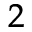
_ 2